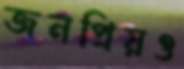
জনপ্রিয়ও